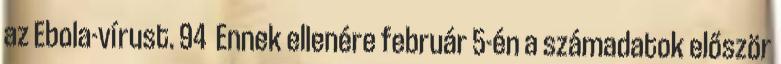
az Ebola-vírust. 94 Ennek ellenére február 5-én a számadatok először